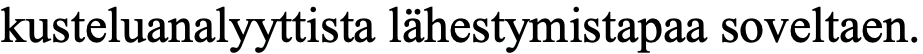
kusteluanalyyttista lähestymistapaa soveltaen.